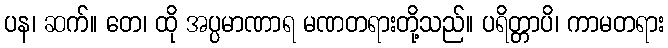
ပန၊ ဆက်။ တေ၊ ထို အပ္ပမာဏာရ မဏတရားတို့သည်။ ပရိတ္တာပိ၊ ကာမတရား